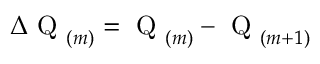
\Delta \mathrm { ~ Q ~ } _ { ( m ) } = \mathrm { ~ Q ~ } _ { ( m ) } - \mathrm { ~ Q ~ } _ { ( m + 1 ) }